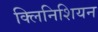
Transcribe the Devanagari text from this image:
क्लिनिशियन